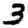
Digit: 3